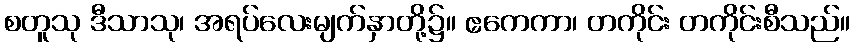
စတူသု ဒီသာသု၊ အရပ်လေးမျက်နှာတို့၌။ ဧကေကာ၊ တကိုင်း တကိုင်းစီသည်။